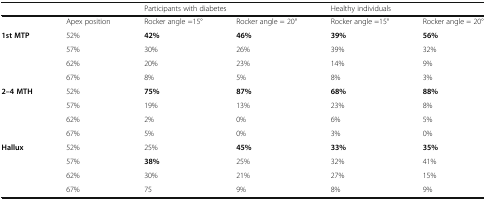
<table><thead><tr><td colspan="2"></td><td colspan="2"><b>Participants with diabetes</b></td><td colspan="2"><b>Healthy individuals</b></td></tr></thead><tbody><tr><td></td><td>Apex position</td><td>Rocker angle =15°</td><td>Rocker angle = 20°</td><td>Rocker angle =15°</td><td>Rocker angle = 20°</td></tr><tr><td rowspan="4"><b>1st MTP</b></td><td>52%</td><td><b>42%</b></td><td><b>46%</b></td><td><b>39%</b></td><td><b>56%</b></td></tr><tr><td>57%</td><td>30%</td><td>26%</td><td>39%</td><td>32%</td></tr><tr><td>62%</td><td>20%</td><td>23%</td><td>14%</td><td>9%</td></tr><tr><td>67%</td><td>8%</td><td>5%</td><td>8%</td><td>3%</td></tr><tr><td rowspan="4"><b>2–4 MTH</b></td><td>52%</td><td><b>75%</b></td><td><b>87%</b></td><td><b>68%</b></td><td><b>88%</b></td></tr><tr><td>57%</td><td>19%</td><td>13%</td><td>23%</td><td>8%</td></tr><tr><td>62%</td><td>2%</td><td>0%</td><td>6%</td><td>5%</td></tr><tr><td>67%</td><td>5%</td><td>0%</td><td>3%</td><td>0%</td></tr><tr><td rowspan="4"><b>Hallux</b></td><td>52%</td><td>25%</td><td><b>45%</b></td><td><b>33%</b></td><td><b>35%</b></td></tr><tr><td>57%</td><td><b>38%</b></td><td>25%</td><td>32%</td><td>41%</td></tr><tr><td>62%</td><td>30%</td><td>21%</td><td>27%</td><td>15%</td></tr><tr><td>67%</td><td>75</td><td>9%</td><td>8%</td><td>9%</td></tr></tbody></table>